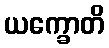
ယက္ခောတိ